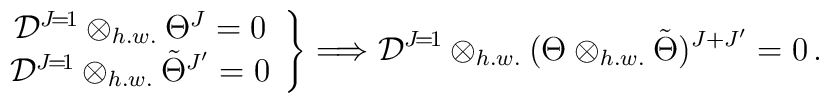
\left.\begin{array}{c}{\cal D}^{J\!=\!1}\otimes_{h.w.}\Theta^J=0\\{\cal D}^{J\!=\!1}\otimes_{h.w.}\tilde\Theta^{J'}=0\end{array}\right\}\Longrightarrow{\cal D}^{J\!=\!1}\otimes_{h.w.}(\Theta\otimes_{h.w.}\tilde\Theta)^{J+J'}=0\,.